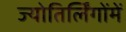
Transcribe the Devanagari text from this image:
ज्योतिर्लिंगोंमें